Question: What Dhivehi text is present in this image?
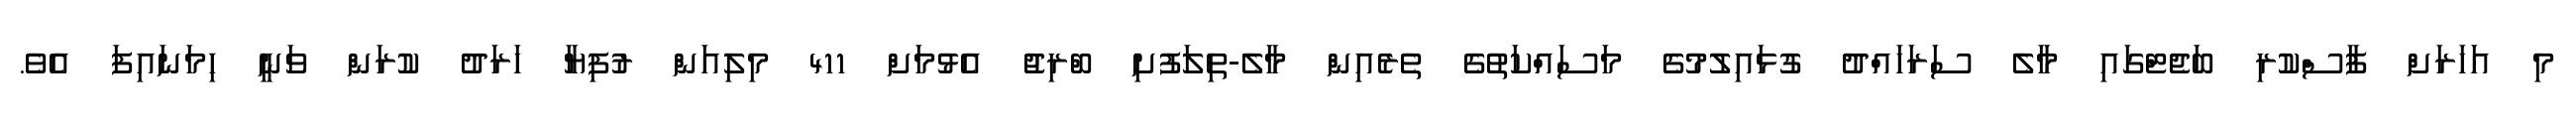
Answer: މި އަހަރަށް ފާސްކުރި ބަޖެޓްގައި މާލެ ސަރަހައްދު ގުޅައިލުމުގެ މަސައްކަތުގެ ތެރެއިން މާލެ-ތިލަފުށި ބްރިޖު އެޅުމަށް 411 މިލިއަން ރުފިޔާ ހަރަދު ކުރަން ވަނީ ހިމަނައިފަ އެވެ.